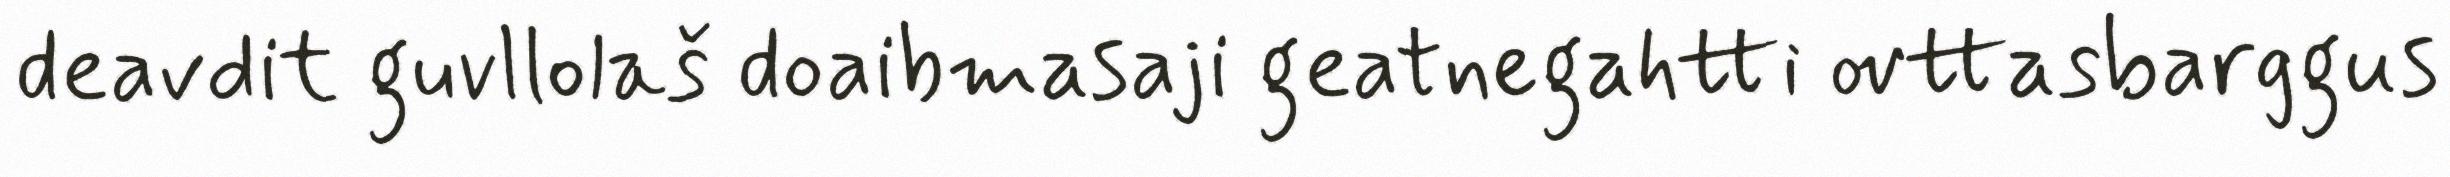
deavdit guvllolaš doaibmasaji geatnegahtti ovttasbarggus